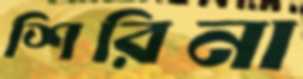
শিরিনা